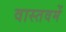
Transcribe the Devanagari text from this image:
वास्तवमें